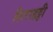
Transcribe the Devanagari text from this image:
शिराहट्टी